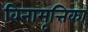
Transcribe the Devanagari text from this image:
विनामृत्तिका